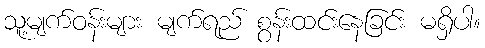
သူ့မျက်ဝန်းများ မျက်ရည် စွန်းထင်းနေခြင်း မရှိပါ။